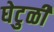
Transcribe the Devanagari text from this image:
घेटुळी